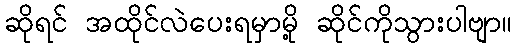
ဆိုရင် အထိုင်လဲပေးရမှာမို့ ဆိုင်ကိုသွားပါဗျာ။